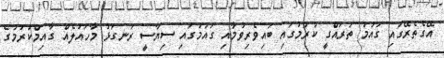
އޭގެތެރޭގައި ގައުމު ތަރައްގީ ކުރުމުގައި ބައިވެރިވުމާއި ގައުމުގައި ސިޔާސީ ރަނގަޅު މާހައުލެއް ގާއިމްކުރުމުގެ